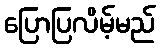
ပြောပြလိမ့်မည်